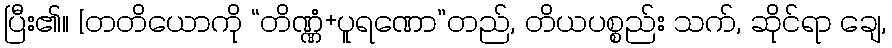
ပြီး၏။ [တတိယောကို “တိဏ္ဏံ+ပူရဏော”တည်, တိယပစ္စည်း သက်, ဆိုင်ရာ ချေ,